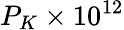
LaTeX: P_{K}\times 10^{12}